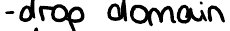
- drop domain